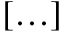
[ \ldots ]